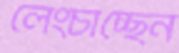
লেংচাচ্ছেন